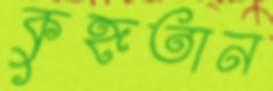
কুহূতান